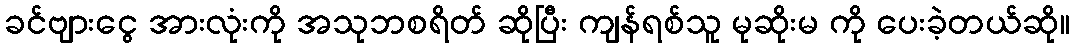
ခင်ဗျားငွေ အားလုံးကို အသုဘစရိတ် ဆိုပြီး ကျန်ရစ်သူ မုဆိုးမ ကို ပေးခဲ့တယ်ဆို။